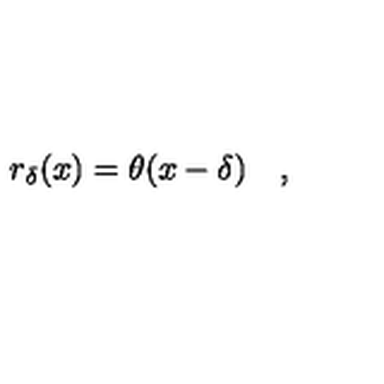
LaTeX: r _ { \delta } ( x ) = \theta ( x - \delta ) \quad ,